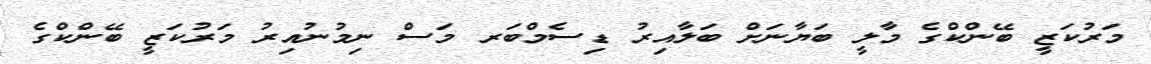
މަރުކަޒީ ބޭންކްގެ މާލީ ބަޔާނަށް ބަލާއިރު ޑިސެމްބަރ މަސް ނިމުނުއިރު މަރުކަޒީ ބޭންކްގެ